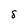
Character: S